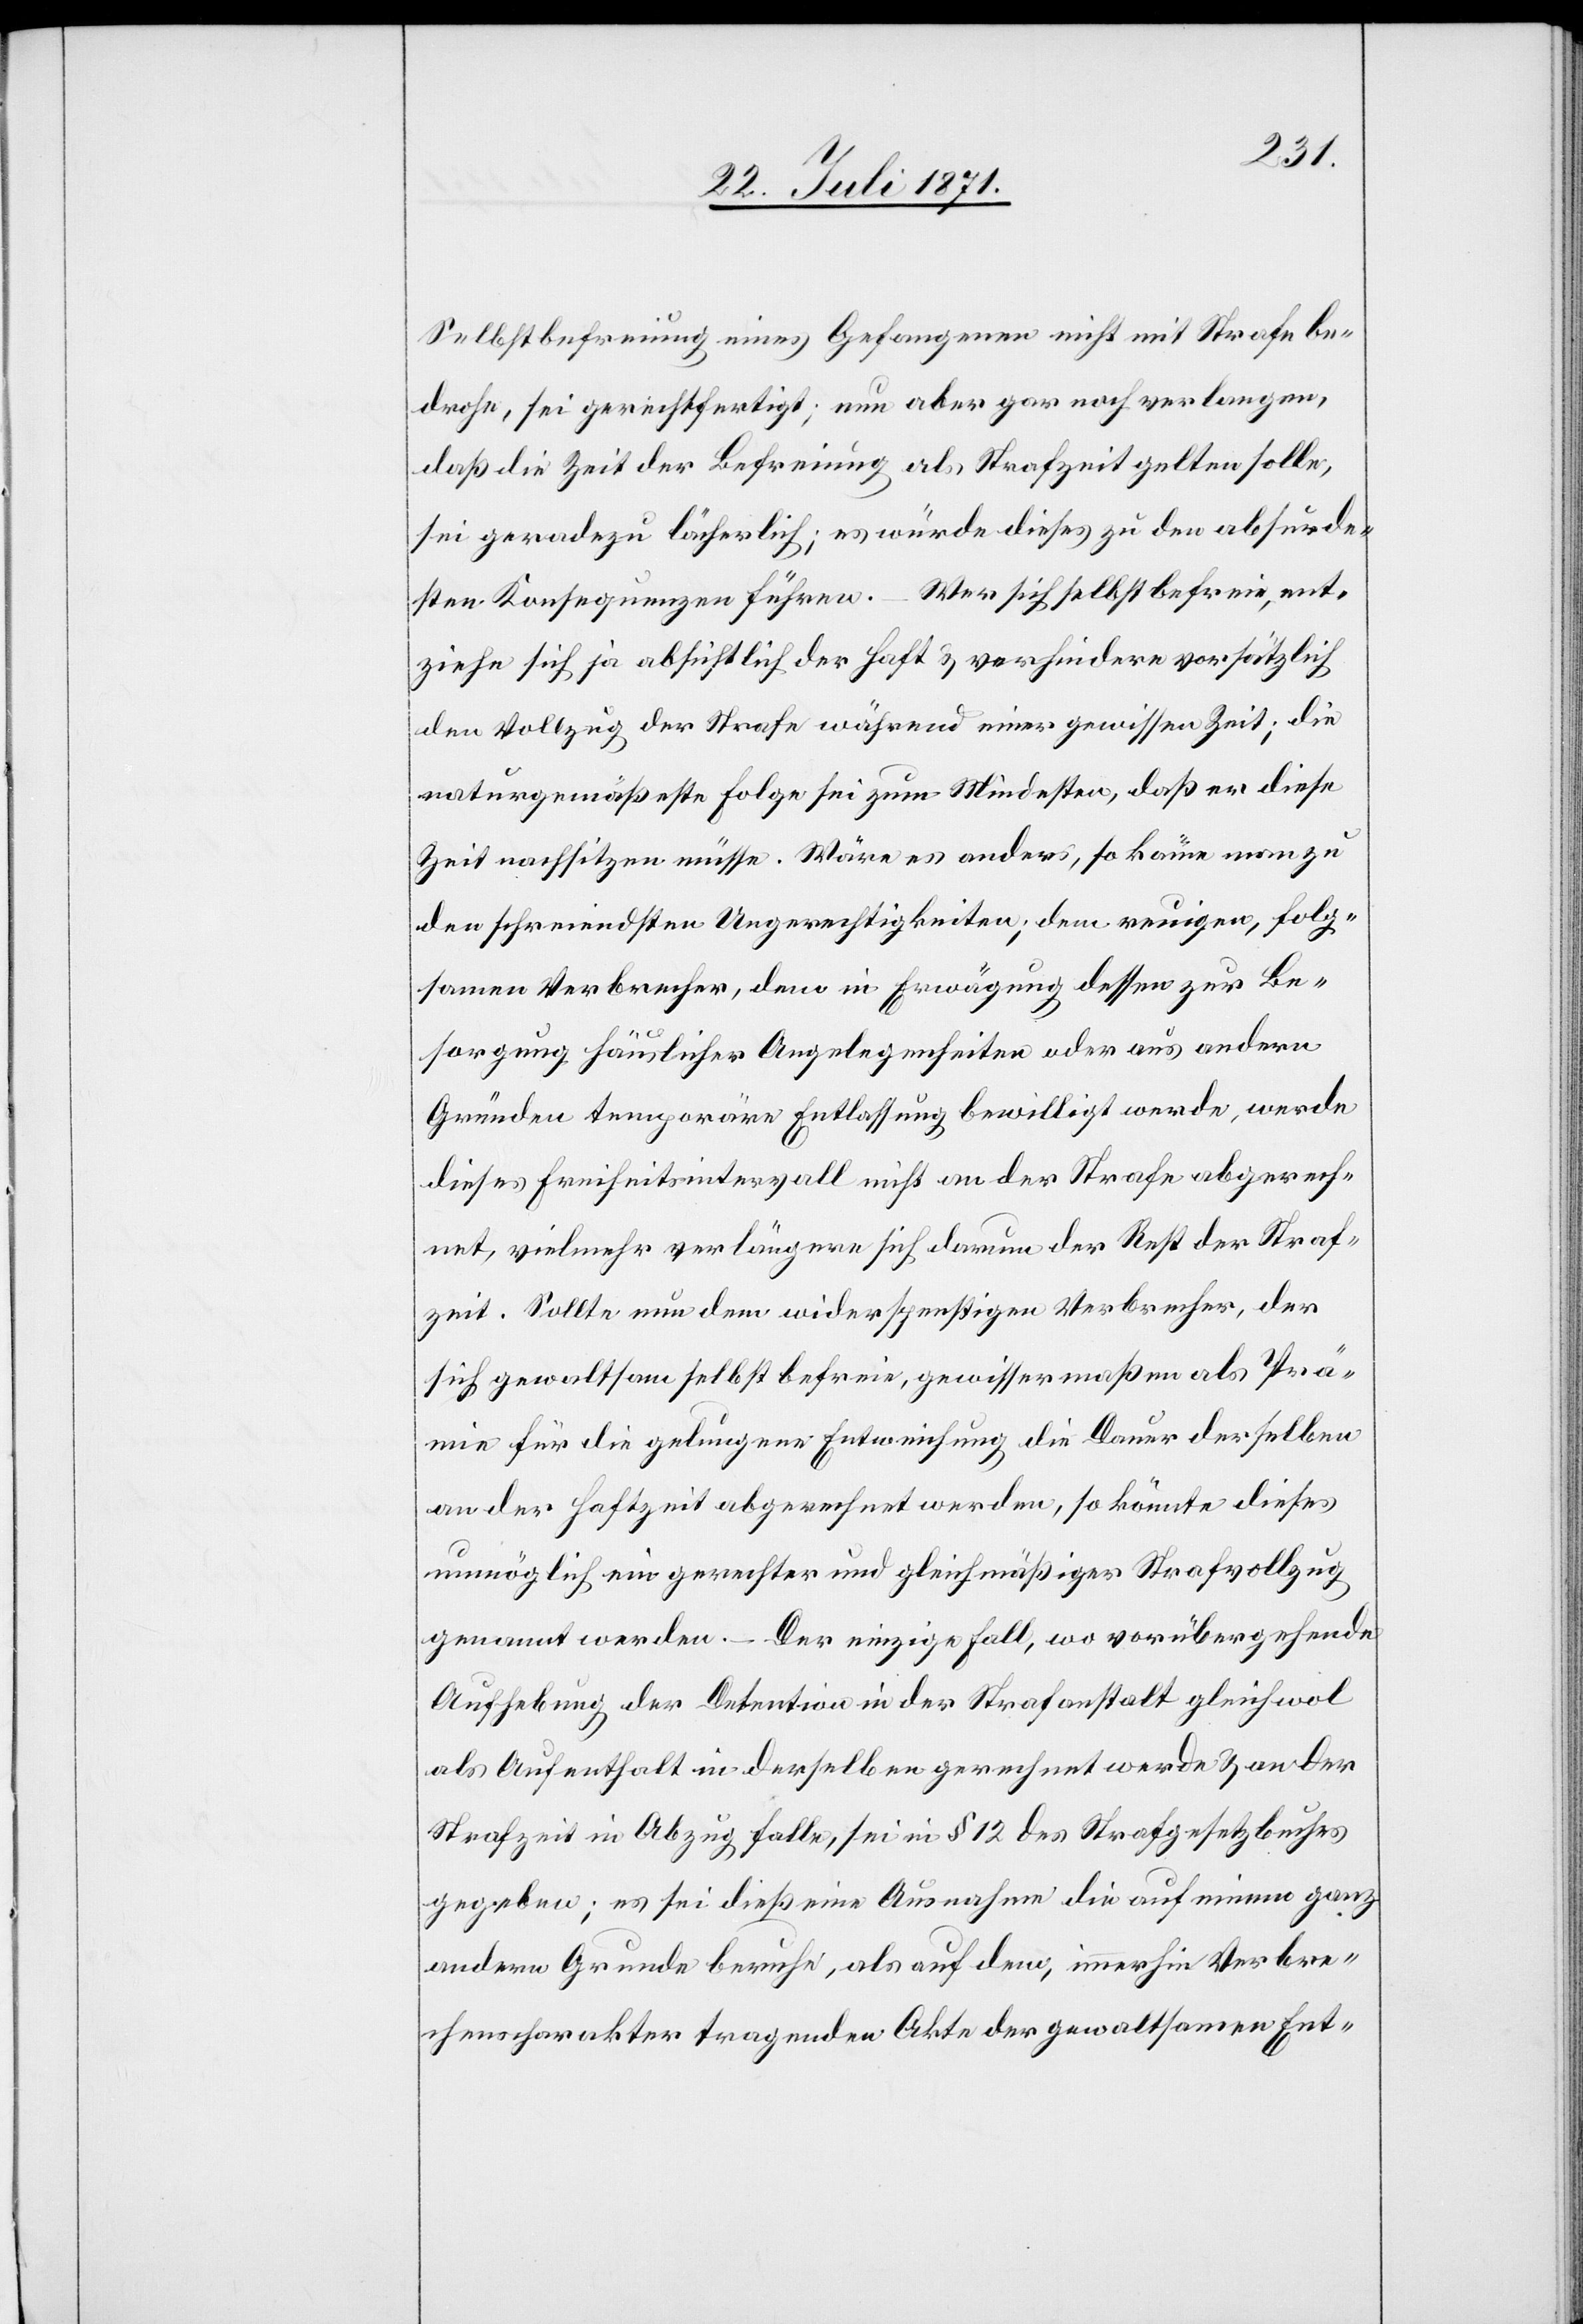
Selbstbefreiung eines Gefangenen nicht mit Strafe be¬
drohe, sei gerechtfertigt; nun aber gar noch verlangen,
daß die Zeit der Befreiung als Strafzeit gelten solle,
sei geradezu lächerlich; es würde dieses zu den absurde¬
sten Konsequenzen führen. – Wer sich selbstbefreie, ent¬
ziehe sich ja absichtlich der Haft u. verhindere vorsätzlich
den Vollzug der Strafe während einer gewissen Zeit; die
naturgemäßeste Folge sei zum Mindesten, daß er diese
Zeit nachsitzen müsse. Wäre es anders, so käme man zu
den schreiendsten Ungerechtigkeiten; dem reuigen, folg¬
samen Verbrecher, dem in Erwägung dessen zur Be¬
sorgung häuslicher Angelegenheiten oder aus andern
Gründen temporäre Entlassung bewilligt werde, werde
diese Freiheitsintervall nicht an der Strafe abgerech¬
net, vielmehr verlängere sich darum der Rest der Straf¬
zeit. Sollte nun dem widerspenstigen Verbrecher, der
sich gewaltsam selbst befreie, gewissermaßen als Prä¬
mie für die gelungene Entweichung die Dauer derselben
an der Haftzeit abgerechnet werden, so könnte dieses
unmöglich ein gerechter und gleichmäßiger Strafvollzug
genannt werden. – Der einzige Fall, wo vorübergehende
Aufhebung der Detention in der Strafanstalt gleichwol
als Aufenthalt in derselben gerechnet werde u. an der
Strafzeit in Abzug falle, sei im § 12 des Strafgesetzbuches
gegeben; es sei dieß eine Ausnahme die auf einem ganz
andern Grunde beruhe, als auf dem, immerhin Verbre¬
chenscharakter tragenden Akte der gewaltsamen Ent-